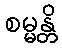
စမ္မန္တိ